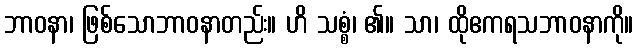
ဘာဝနာ၊ ဖြစ်သောဘာဝနာတည်း။ ဟိ သစ္စံ၊ ၏။ သာ၊ ထိုဧကရသဘာဝနာကို။